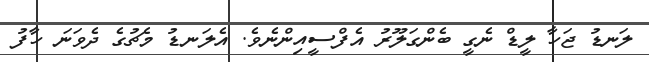
ލަނޑު ޖަހާ ލީޑް ނެގީ ބެންގަލޫރު އެފްސީއިންނެވެ. އެލަނޑު މެޗުގެ ދެވަނަ ހާފު